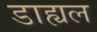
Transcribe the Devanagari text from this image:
डाह्यल